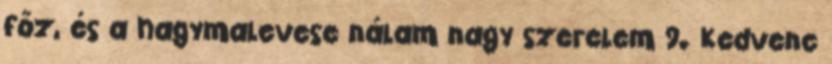
főz, és a hagymalevese nálam nagy szerelem 9. Kedvenc